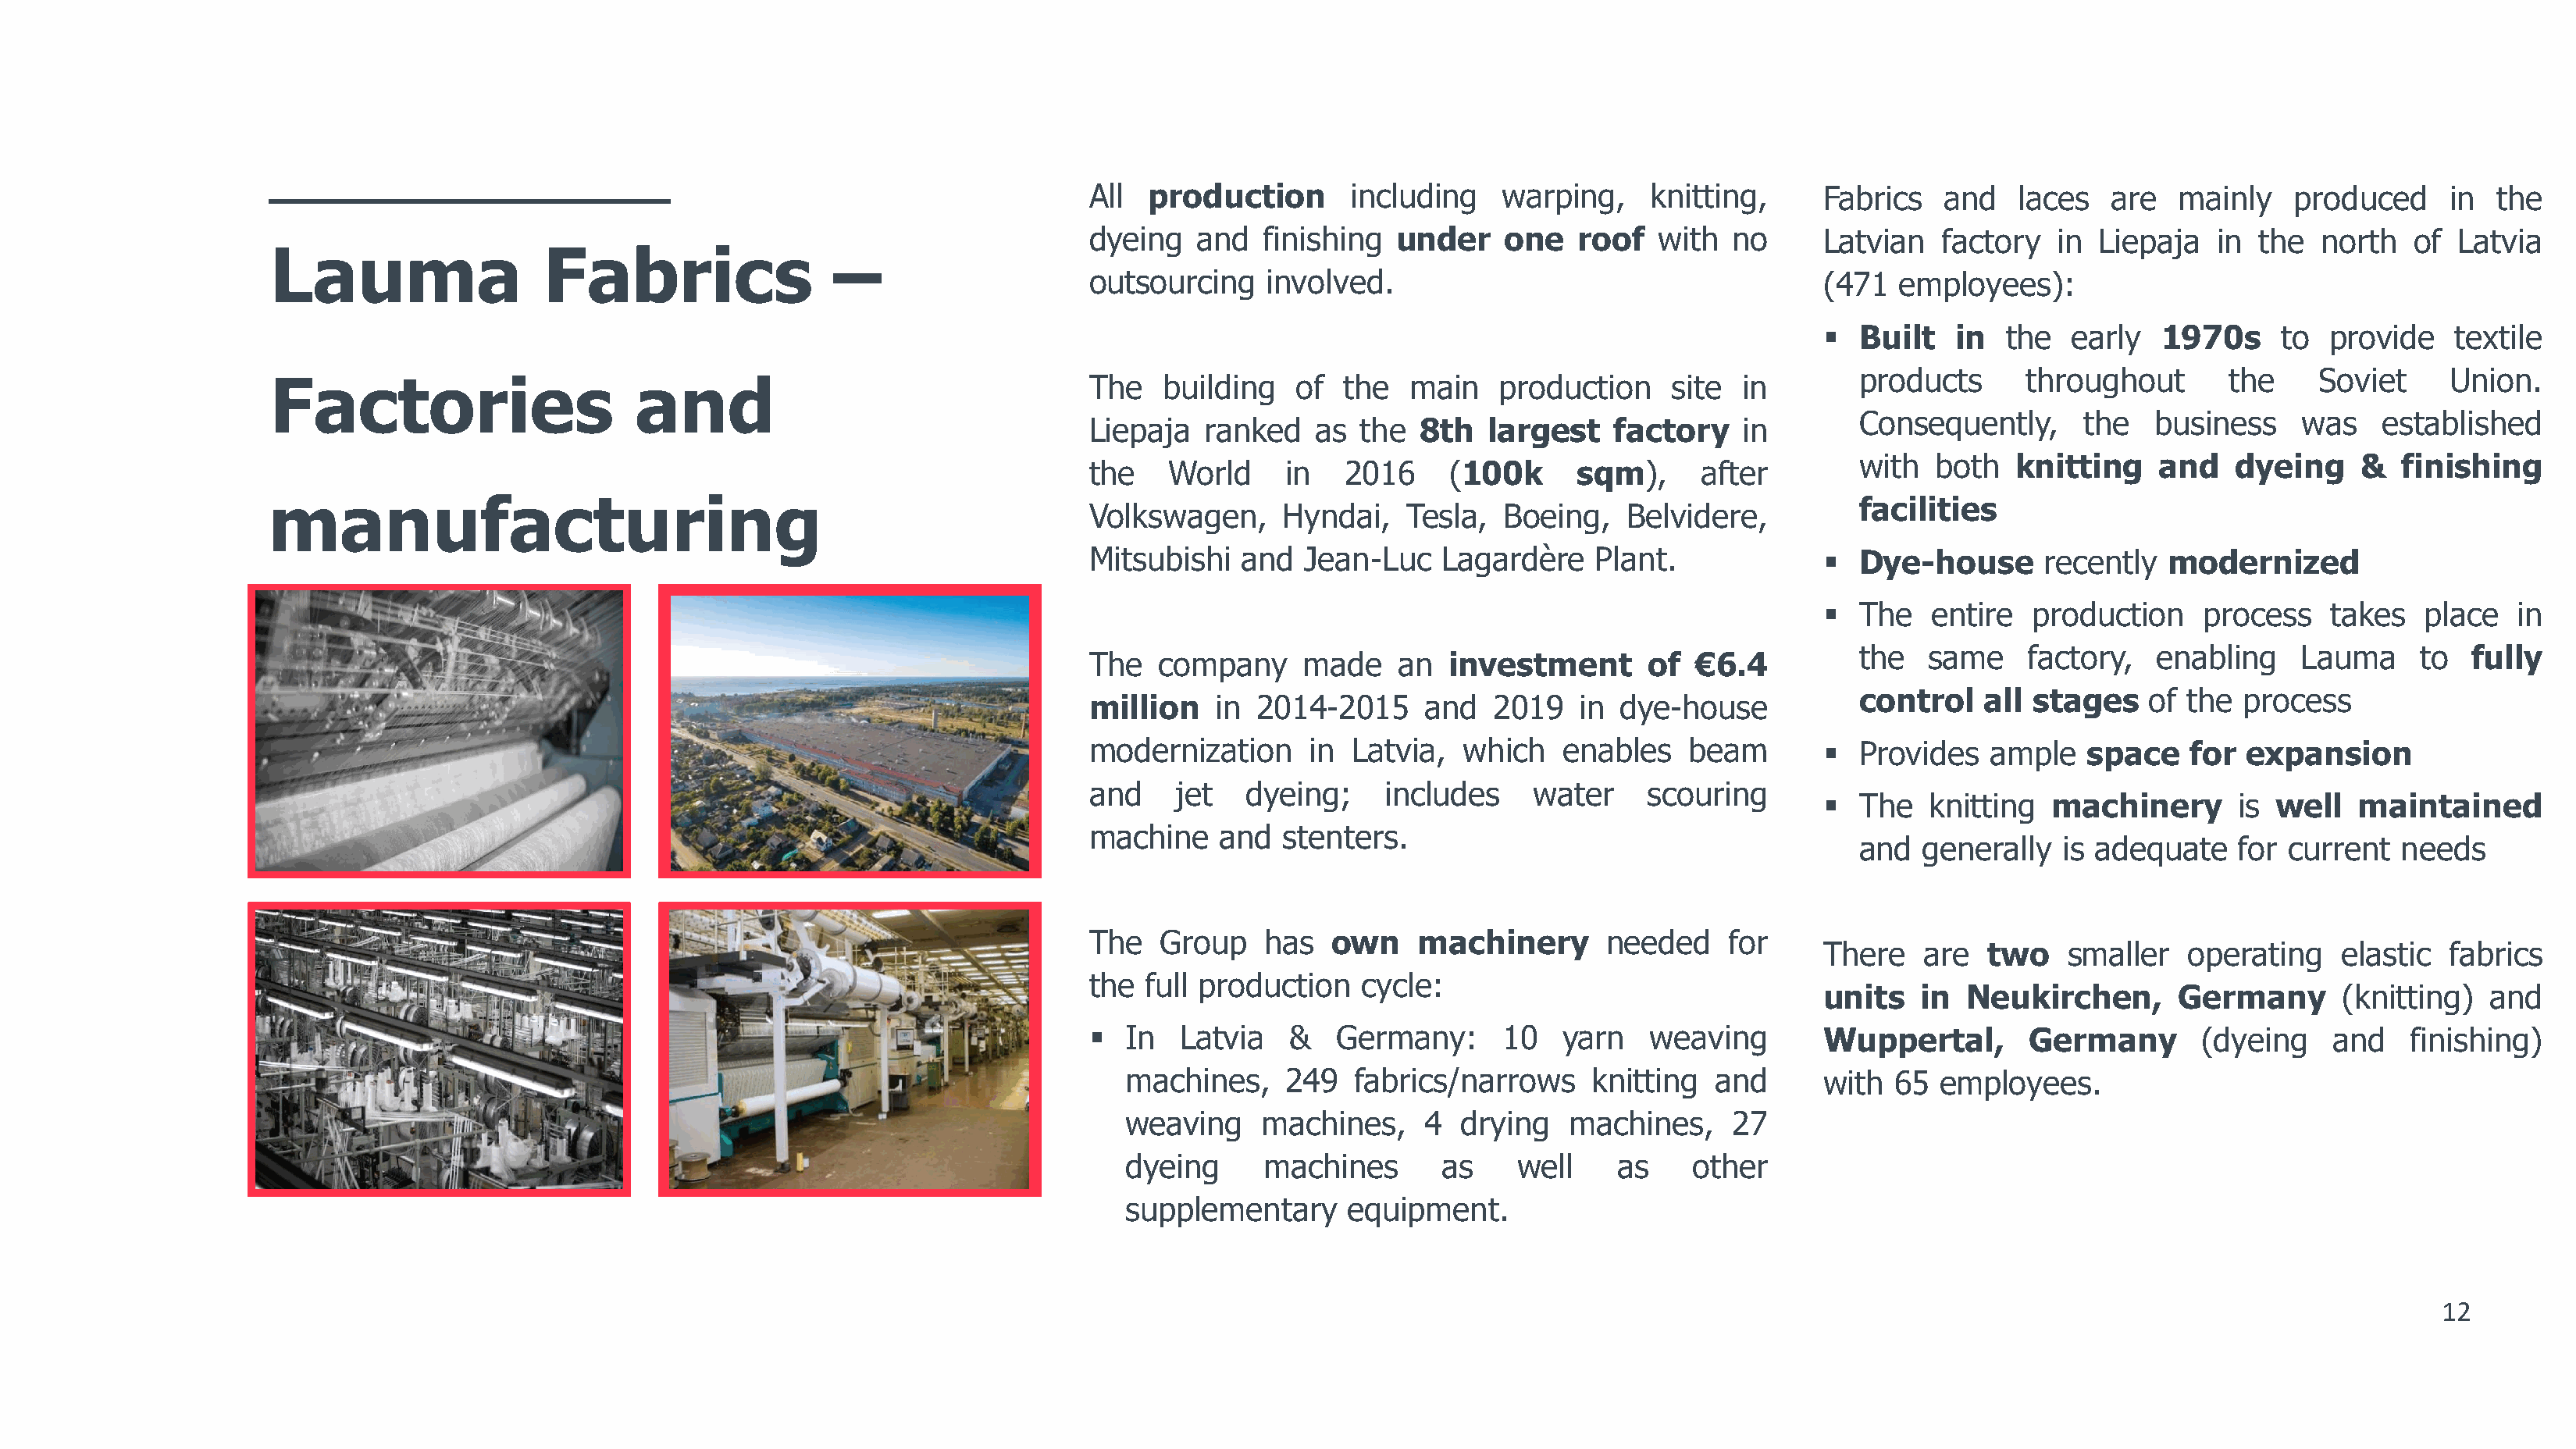
All  production       including    warping,     knitting,      Fabrics   and   laces   are   mainly   produced      in  the
 dyeing   and   finishing  under     one   roof   with  no      Latvian   factory  in  Liepaja   in the   north   of Latvia
 Lauma                  Fabrics
 –
 outsourcing    involved.                                       (471  employees):
 ▪  Built   in  the   early  1970s     to  provide    textile
 products      throughout       the     Soviet     Union.
 Factories                      and                                   The    building   of  the  main    production     site  in
 Consequently,      the   business    was    established
 Liepaja   ranked   as  the  8th   largest    factory    in
 with  both   knitting    and   dyeing     &   finishing
 the    World     in   2016     (100k      sqm),     after
 manufacturing                                                                                                                          facilities
 Volkswagen,      Hyndai,   Tesla,  Boeing,    Belvidere,
 Mitsubishi   and   Jean-Luc   Lagardère    Plant.              ▪  Dye-house      recently   modernized
 ▪  The   entire  production     process    takes  place   in
 the  same     factory,   enabling    Lauma     to  fully
 The   company     made    an   investment       of   6.4
 €
 control   all stages    of the  process
 million    in 2014-2015      and   2019   in dye-house
 modernization      in  Latvia,  which   enables    beam        ▪  Provides   ample   space    for expansion
 and     jet   dyeing;    includes     water     scouring
 ▪  The  knitting   machinery       is well   maintained
 machine    and   stenters.
 and  generally   is adequate    for current  needs
 The   Group    has   own    machinery       needed     for
 There   are  two    smaller   operating    elastic   fabrics
 the  full production   cycle:
 units   in  Neukirchen,       Germany       (knitting)  and
 ▪  In   Latvia   &   Germany:      10   yarn    weaving        Wuppertal,       Germany        (dyeing    and   finishing)
 machines,     249   fabrics/narrows     knitting  and       with  65 employees.
 weaving     machines,     4  drying   machines,     27
 dyeing      machines       as     well    as    other
 supplementary      equipment.
 12
 1